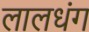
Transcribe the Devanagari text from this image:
लालधंग